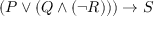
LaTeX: ( P \vee ( Q \wedge ( \neg R ) ) ) \rightarrow S